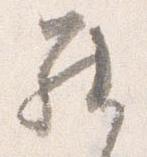
罷